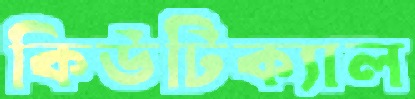
কিউটিক্যাল